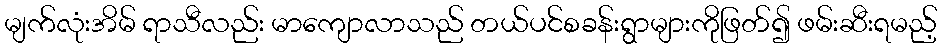
မျက်လုံးအိမ် ရာသီလည်း မာကျောလာသည် တယ်ပင်စခန်းရွာများကိုဖြတ်၍ ဖမ်းဆီးရမည့်